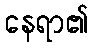
နေရာ၏